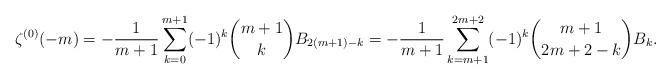
LaTeX: \begin{align*} \zeta^{(0)}(-m)=-\frac{1}{m+1}\sum_{k=0}^{m+1}(-1)^k \binom{m+1}{k}B_{2(m+1)-k}=-\frac{1}{m+1}\sum_{k=m+1}^{2m+2}(-1)^k \binom{m+1}{2m+2-k}B_k. \end{align*}